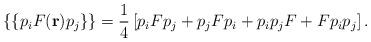
LaTeX: \begin{align*}\{\{p_{i}F({\bf r})p_{j}\}\} = \frac{1}{4} \left[ p_{i}Fp_{j} + p_{j}Fp_{i}+ p_{i}p_{j}F + F p_{i}p_{j} \right].\end{align*}